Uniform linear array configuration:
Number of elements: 24
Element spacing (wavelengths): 1
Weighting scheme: kaiser
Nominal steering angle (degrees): -60
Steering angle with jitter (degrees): -58.518
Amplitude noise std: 0.05
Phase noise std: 0.05

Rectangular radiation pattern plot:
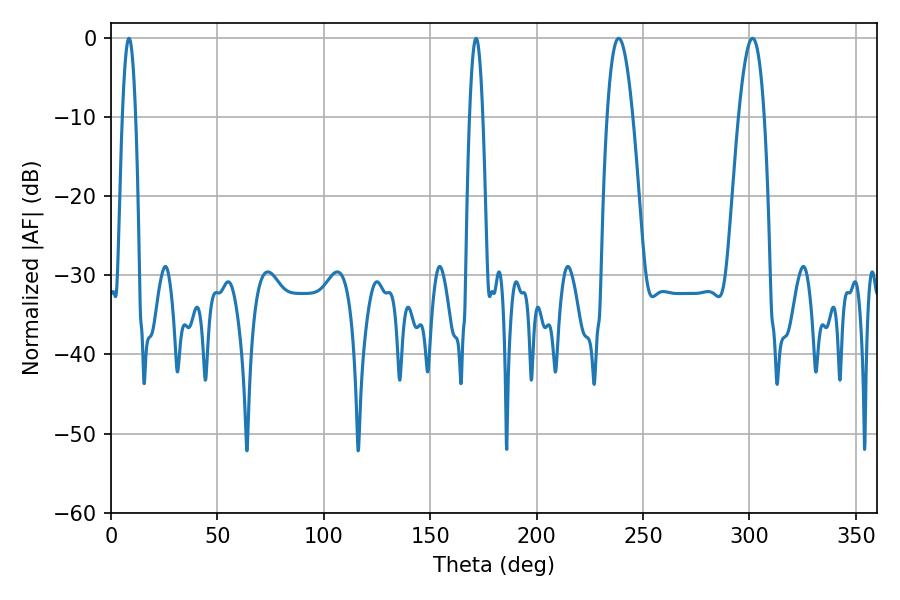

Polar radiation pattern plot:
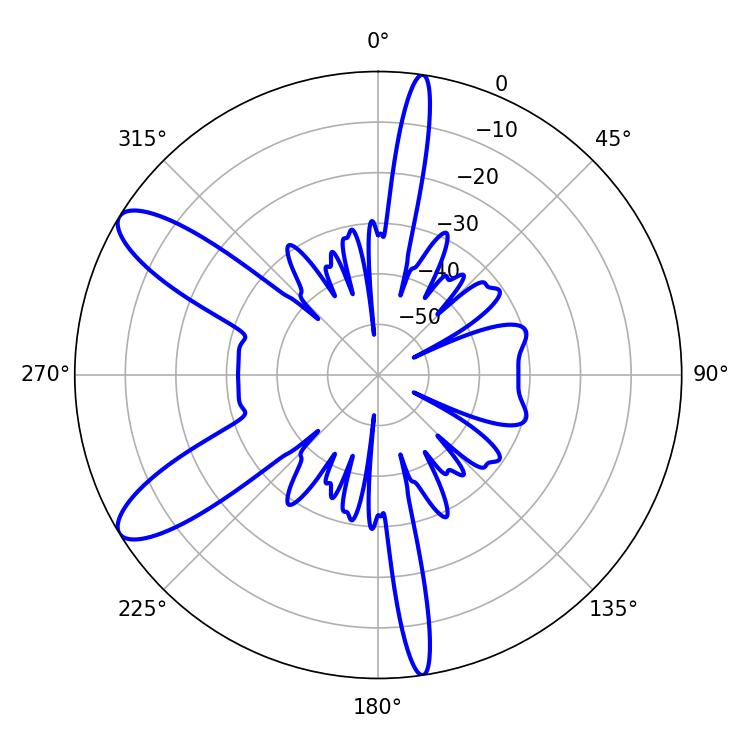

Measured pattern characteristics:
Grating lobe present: TRUE
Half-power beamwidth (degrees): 3.24
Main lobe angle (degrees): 8.46